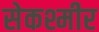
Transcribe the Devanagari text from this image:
सेकश्मीर